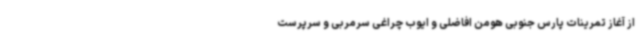
از آغاز تمرینات پارس جنوبی هومن افاضلی و ایوب چراغی سرمربی و سرپرست